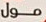
مول